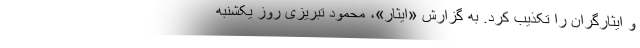
و ایثارگران را تکذیب کرد. به گزارش «ایثار»، محمود تبریزی روز یکشنبه